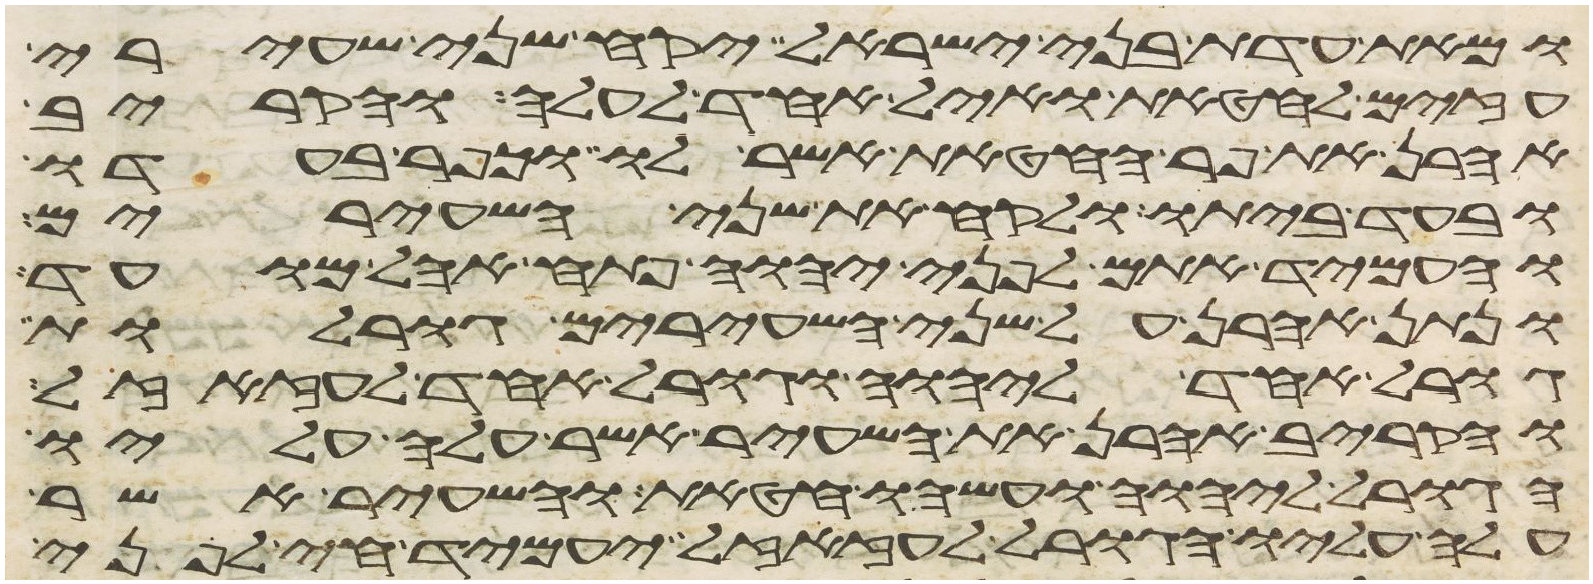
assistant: ומאת עדת בני ישראל יקח שני שעירי
עזים לחטאת ואיל אחד לעלה והקריב
אהרן את פר החטאת אשר לו וכפר בעדו
ובעד ביתו ולקח את שני השעירים
והעמיד אתם לפני יהוה פתח אהל מועד
ונתן אהרן על שני השעירים גורלות
גורל אחד ליהוה וגורל אחד לעזזאל
והקריב אהרן את השעיר אשר עלה עליו
הגורל ליהוה ועשהו חטאת והשעיר אשר
עלה עליו הגורל לעזזאל יעמיד חי לפני